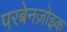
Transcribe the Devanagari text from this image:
परबेनज़ोइक